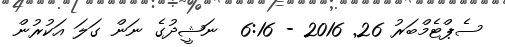
ސެޕްޓެމްބަރު 26